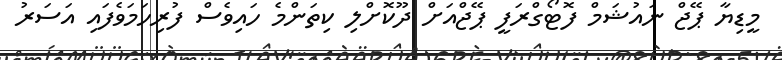
މީޑިޔާ ޕޭޖް ނައުޝަމް ފޮޓޯގްރަފީ ޕޭޖްއަށް ދޫކޮށްލި ކިތަންމެ ހައިވެސް ފުރިހަމަވެފައި އަސަރު